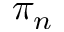
\pi _ { n }